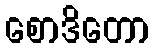
စောဒိတော